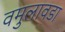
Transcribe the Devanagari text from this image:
वमुलावडा